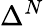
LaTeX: \Delta^{N}